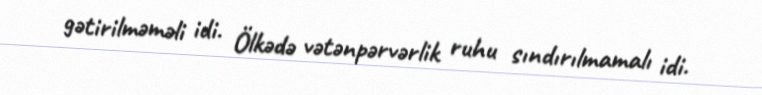
gətirilməməli idi. Ölkədə vətənpərvərlik ruhu sındırılmamalı idi.